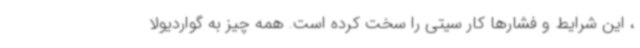
، این شرایط و فشارها کار سیتی را سخت کرده است. همه چیز به گواردیولا